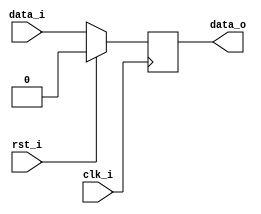
//--------------------------------------------------------------------------------
// Example demonstrating synchronous reset and missing of reset
// Testbench: sync_reset_tb.v
//--------------------------------------------------------------------------------

module sync_reset(
  input      clk_i,
`ifdef ACTIVE_LOW_RST
  input      rst_n_i,
`else
  input      rst_i,
`endif
  input      data_i,
  output reg data_o
);

  always@(posedge clk_i) begin
  `ifdef ACTIVE_LOW_RST
    if (!rst_n_i) begin
  `else
    if (rst_i) begin
  `endif
	  data_o <= 1'b0;
	end else begin
	  data_o <= data_i;
	end
  end
  
endmodule